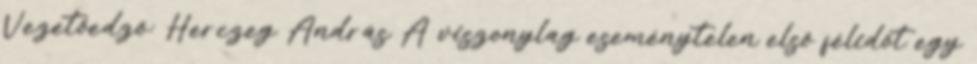
Vezetőedző: Herczeg András A viszonylag eseménytelen első félidőt egy